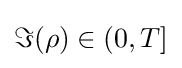
\Im {\left(\rho \right)}\in \left(0,T\right]